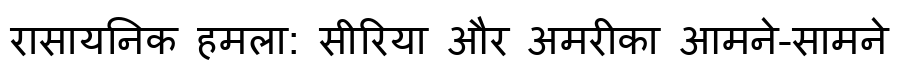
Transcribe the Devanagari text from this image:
रासायनिक हमला: सीरिया और अमरीका आमने-सामने